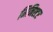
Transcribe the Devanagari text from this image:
मिनिश्टर